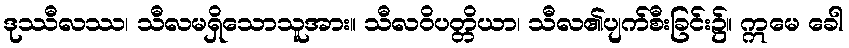
ဒုဿီလဿ၊ သီလမရှိသောသူအား။ သီလဝိပတ္တိယာ၊ သီလ၏ပျက်စီးခြင်း၌။ ဣမေ ခေါ